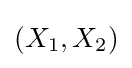
{\textstyle (X_{1},X_{2})}